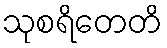
သုစရိတေတိ